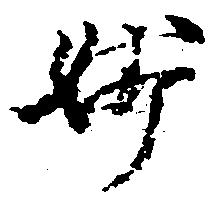
妙